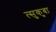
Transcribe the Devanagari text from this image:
त्सुकुबा